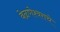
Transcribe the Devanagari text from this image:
वेळणेश्वराचे